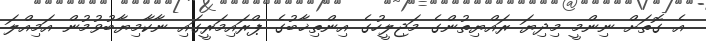
އެ ގޮތަށް ނިންމީ މިދިޔަ ރައްޔިތުންގެ މަޖިލީހުގެ އިންތިޚާބުގެ ޕްރައިމަރީގައި ނާކާމިޔާބުވުމުން އަމިއްލަ